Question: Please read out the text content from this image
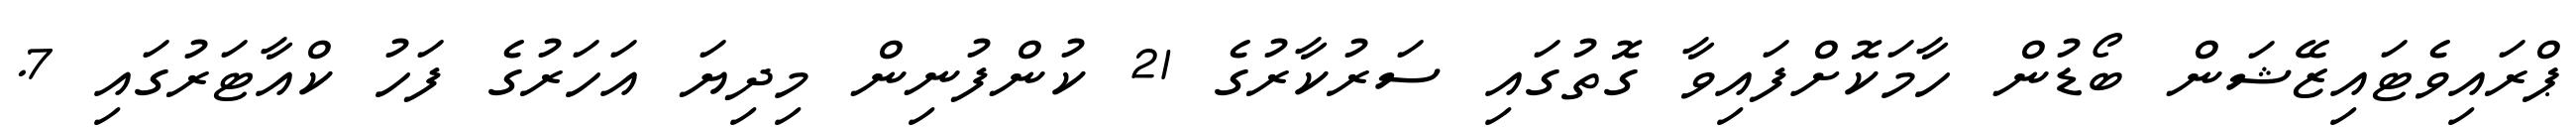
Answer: ޕްރައިވެޓައިޒޭޝަން ބޯޑުން ހާމަކޮށްފައިވާ ގޮތުގައި ސަރުކާރުގެ 21 ކުންފުނިން މިދިޔަ އަހަރުގެ ފަހު ކްއާޓަރުގައި 7.